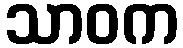
သာဝက